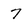
Character: 7